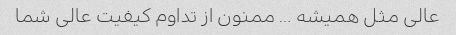
عالی مثل همیشه … ممنون از تداوم کیفیت عالی شما